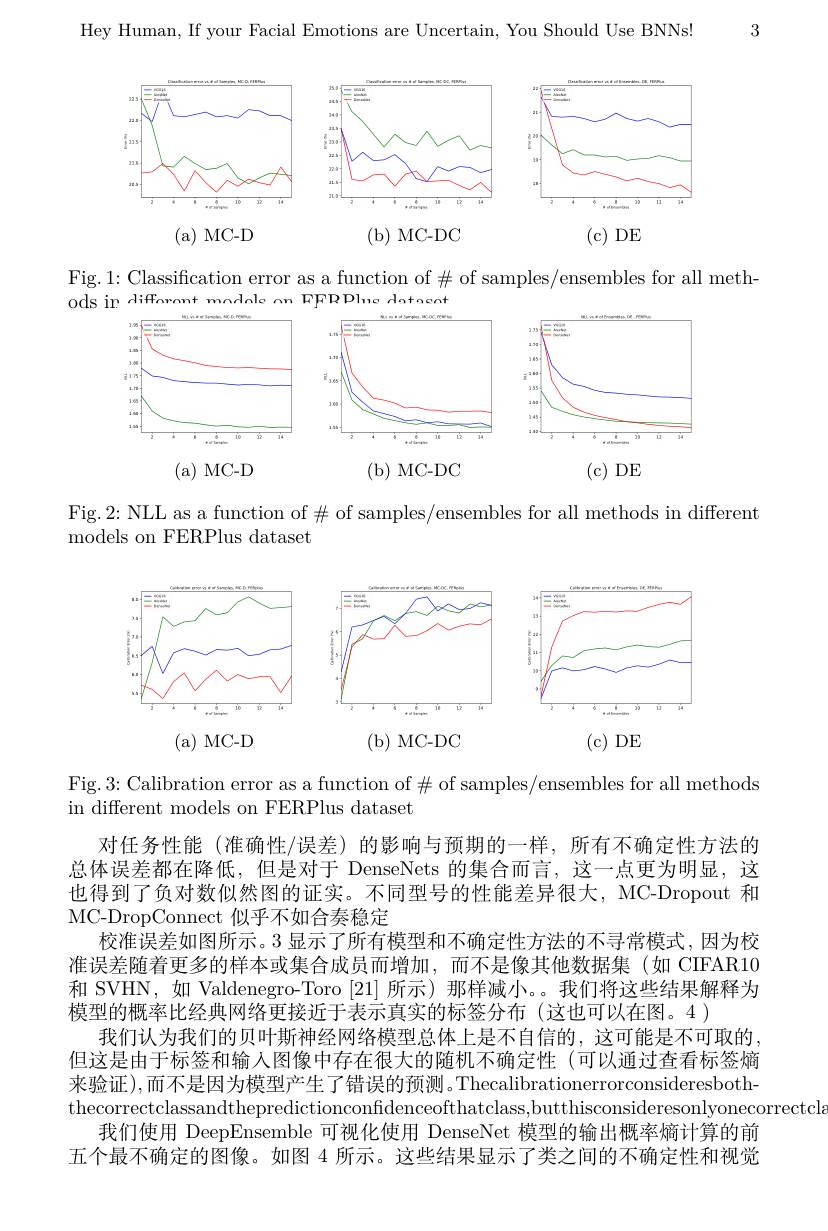
3

Hey Human, If your Facial Emotions are Uncertain, You Should Use BNNs!

<FigureHere>
(a)MC-D
(b) MC-DC
(c)DE

Fig. 1: Classification error as a function of # of samples/ensembles for all meth-
ods in Jifforont mndale nn FFRDlue datacat

<FigureHere>

(b) MC-DC

(a)MC-D

(c)DE

Fig.2: NLL as a function of$\#$of samples/ensembles for all methods in different
models on FERPlus dataset

<FigureHere>

Fig. 3: Calibration error as a function of $\#$ of samples/ensembles for all methods
in different models on FERPlus dataset

对任务性能(准确性/误差)的影响与预期的一样，所有不确定性方法的总体误差都在降低，但是对于 DenseNets 的集合而言，这一点更为明显，这也得到了负对数似然图的证实。不同型号的性能差异很大，MC-Dropout 和MC-DropConnect 似乎不如合奏稳定
校准误差如图所示。3 显示了所有模型和不确定性方法的不寻常模式，因为校准误差随着更多的样本或集合成员而增加，而不是像其他数据集(如 CIFAR10和 SVHN, 如 Valdenegro-Toro [21] 所示)那样减小。。我们将这些结果解释为模型的概率比经典网络更接近于表示真实的标签分布(这也可以在图。4 )
我们认为我们的贝叶斯神经网络模型总体上是不自信的，这可能是不可取的， 但这是由于标签和输人图像中存在很大的随机不确定性(可以通过查看标签熵来验证),而不是因为模型产生了错误的预测。Thecalibrationerrorconsideresboththecorrectclassandthepredictionconfidenceofthatclass,butthisconsideresonlyonecorrectcla
我们使用 DeepEnsemble 可视化使用 DenseNet 模型的输出概率熵计算的前五个最不确定的图像。如图 4 所示。这些结果显示了类之间的不确定性和视觉